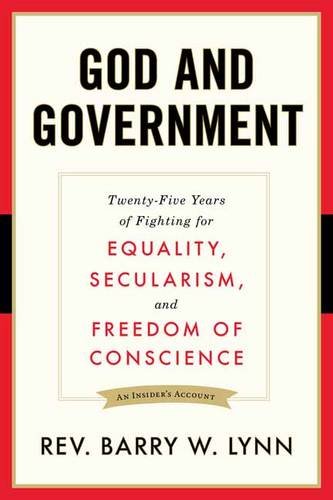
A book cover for God and Government: Twenty-Five Years of Fighting for Equality, Secularism, and Freedom Of Conscience; Rev. Barry Lynn; Religion & Spirituality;